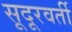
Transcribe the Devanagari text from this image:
सूदूरवर्ती